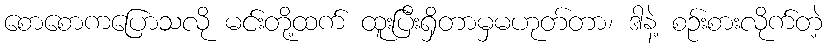
စောစောကပြောသလို မင်းတို့ထက် ထူးပြီးရှိတာမှမဟုတ်တာ၊ ဒါနဲ့ စဉ်းစားလိုက်တဲ့